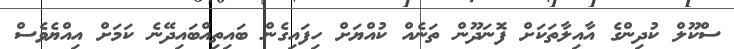
ސްކޫލް ކުދިންގެ އާއިލާތަކަށް ފޮނަދޫން ތަނެއް ކުއްޔަށް ހިފައިގެން ބައިތިއްބައިދޭނެ ކަމަށް އިއްޔެވެސް